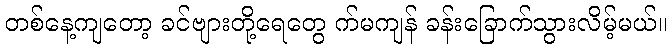
တစ်နေ့ကျတော့ ခင်ဗျားတို့ရေတွေ က်မကျန် ခန်းခြောက်သွားလိမ့်မယ်။